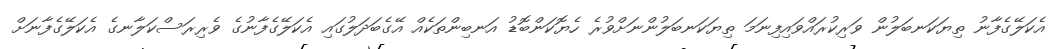
އެކަލޭގެފާނު ތިޔަކަނބަލުން ވަރިކުރައްވައިފިނަމަ ތިޔަކަނބަލުންނަށްވުރެ ހެޔޮކަންބޮޑު އަނބިންތަކެއް އޭގެބަދަލުގައި އެކަލޭގެފާނުގެ ވެރިރަސްކަލާނގެ އެކަލޭގެފާނަށް